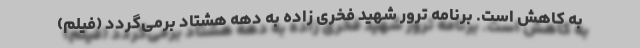
به کاهش است. برنامه ترور شهید فخری زاده به دهه هشتاد برمی‌گردد (فیلم)